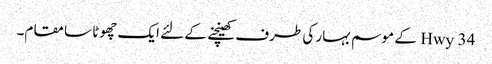
Hwy 34 کے موسم بہار کی طرف کھینچنے کے لئے ایک چھوٹا سا مقام۔